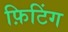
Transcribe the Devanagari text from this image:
फ़िटिंग